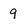
Character: 9